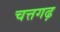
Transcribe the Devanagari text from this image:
चत्तगढ़